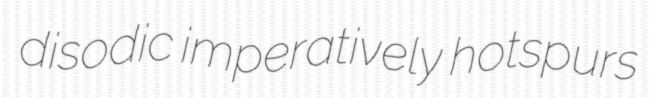
disodic imperatively hotspurs